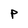
Character: P